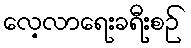
လေ့လာရေးခရီးစဉ်